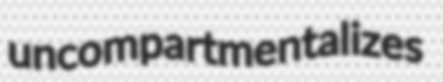
uncompartmentalizes